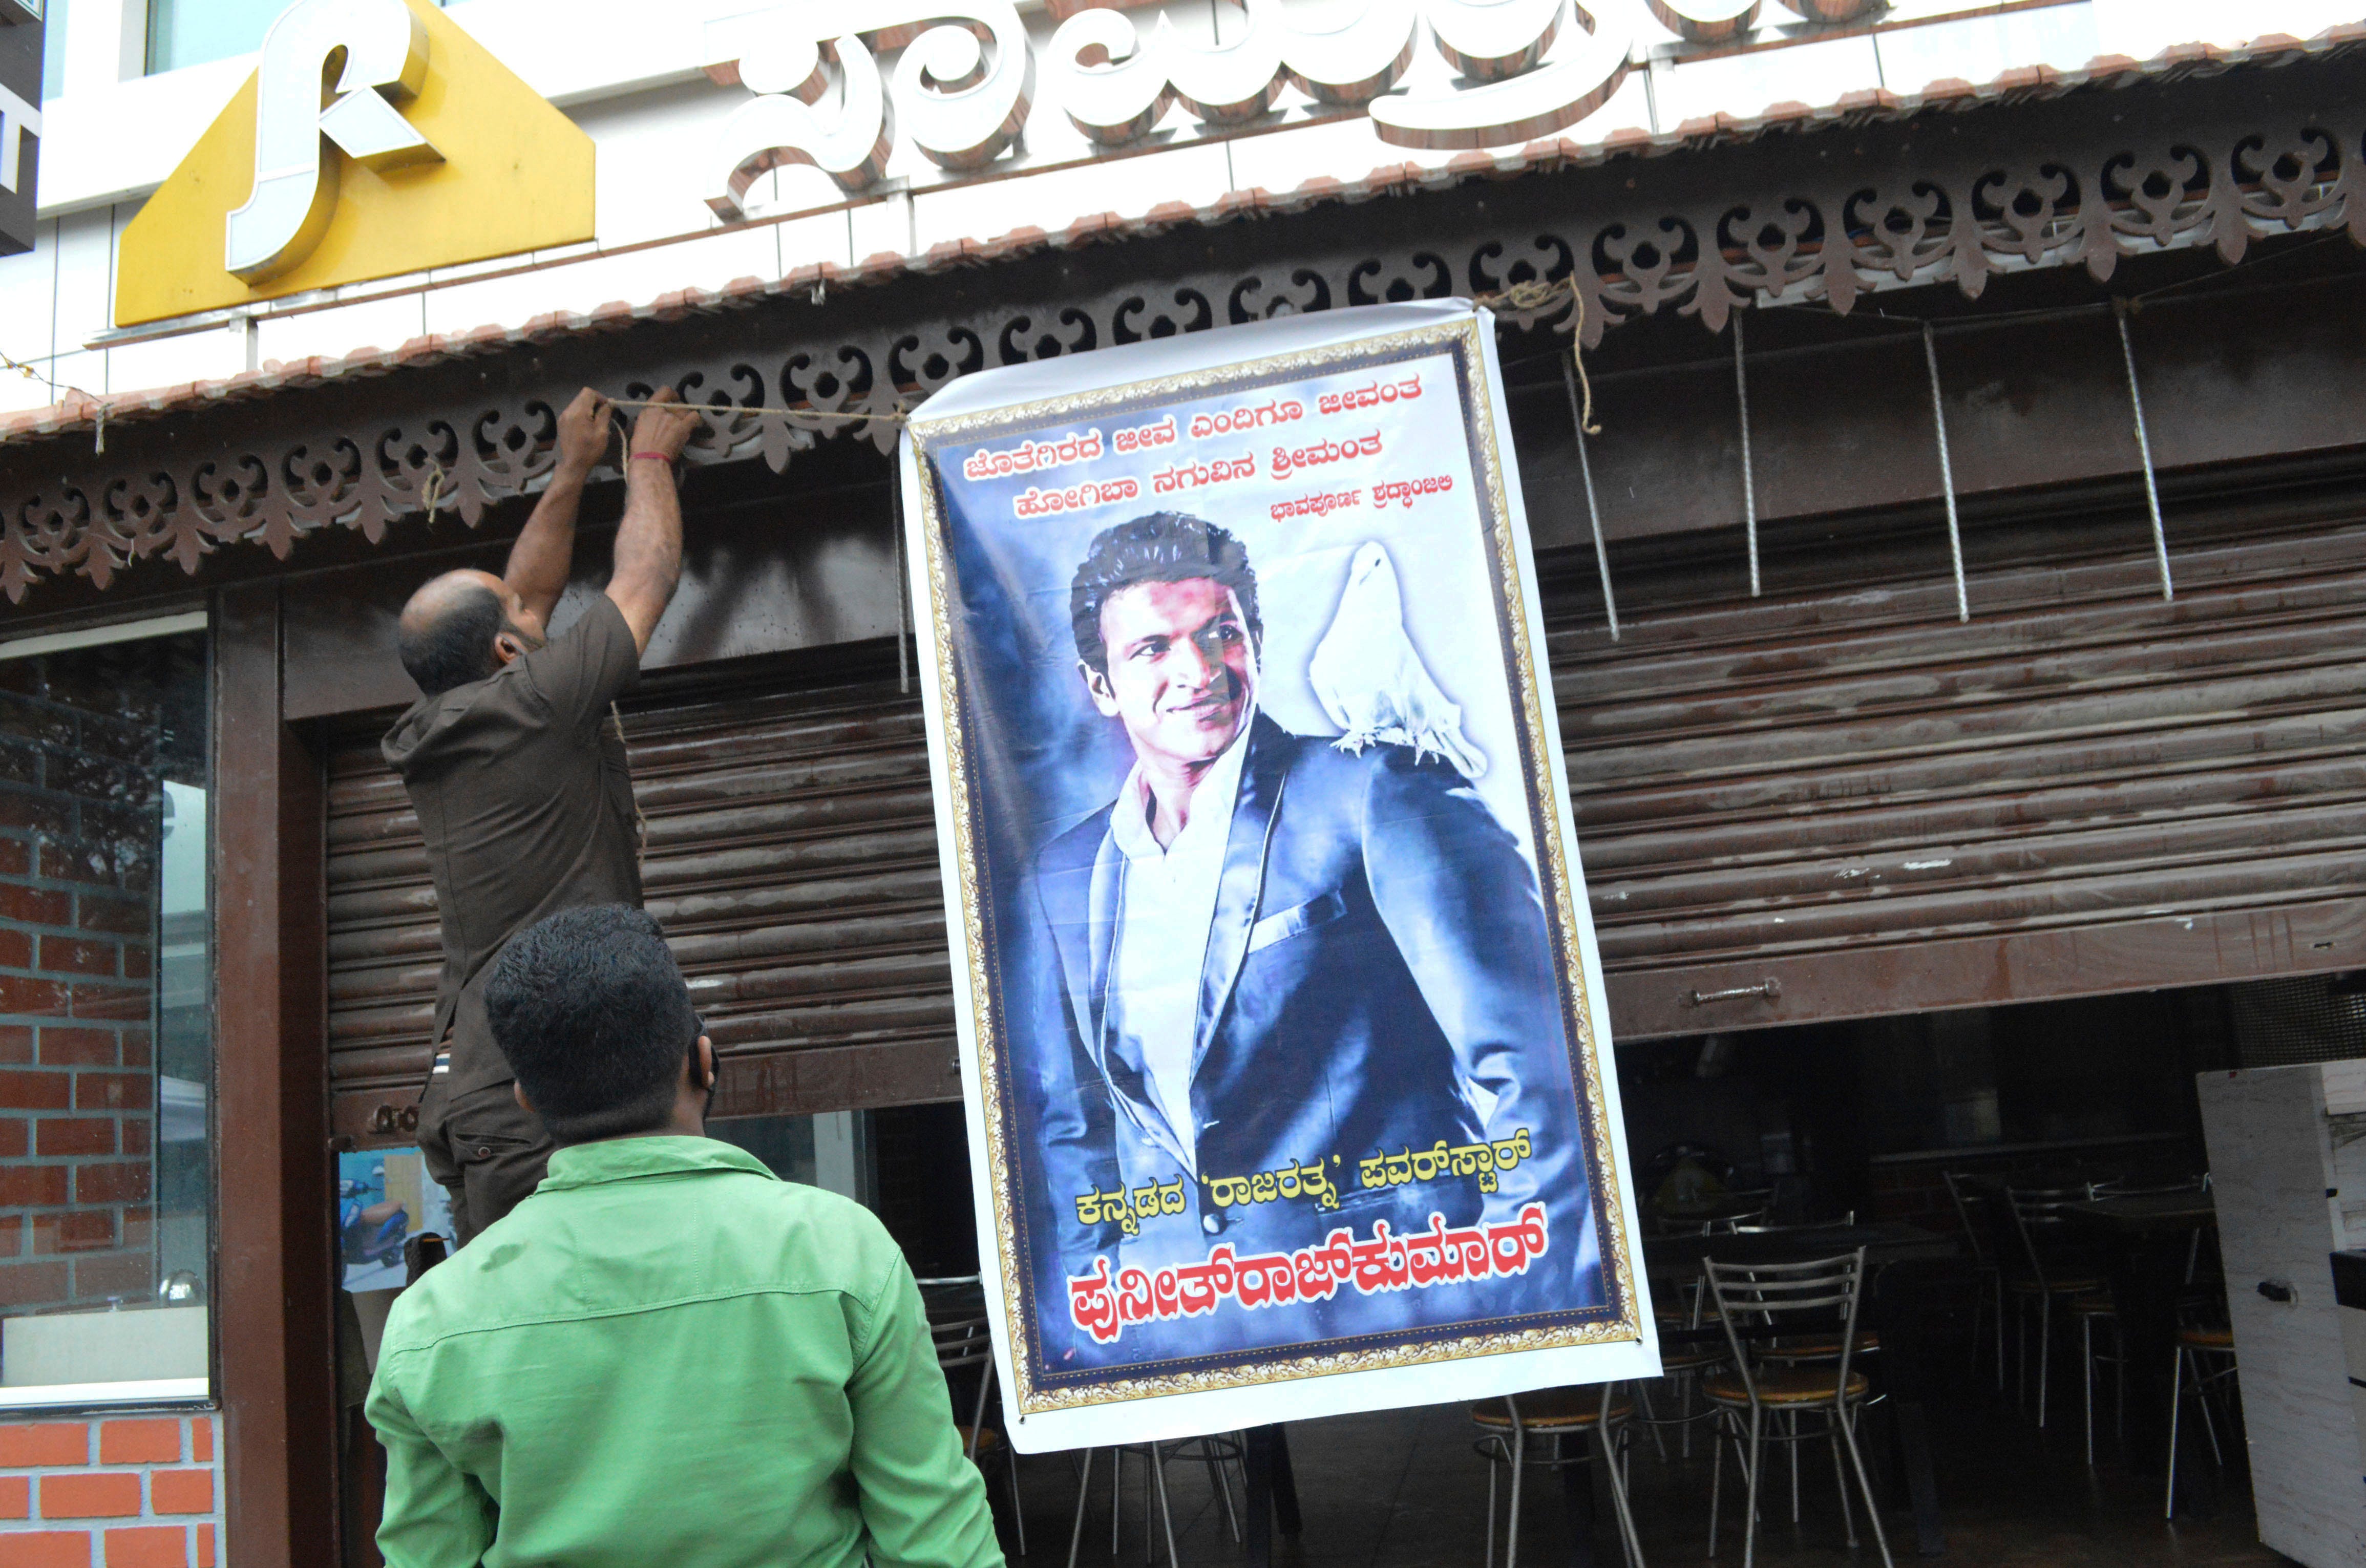
Language: kannada
Transcription: ಪುನೀತ್ ರಾಜ್ ಕುಮಾರ್